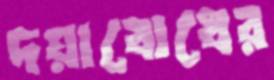
দয়াবোধের